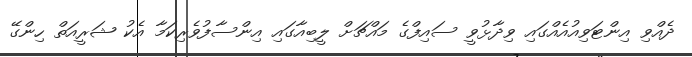
ދެއްވި އިންޓަވިއުއެއްގައި ވިދާޅުވީ ސައިފްގެ މައްޗަށް ލީބިއާގައި އިންސާފުވެރިކަމާ އެކު ޝަރީއަތް ހިންގޭ